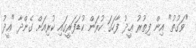
"ވަގުތު" އިން ފިތުރު ޢީދު ފާހަގަ ކުރަން ކުޑަފަރީގައި ކުރިއަށް ގެންދާ "ޢީދު